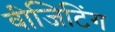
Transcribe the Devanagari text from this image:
वीजिटिंग